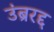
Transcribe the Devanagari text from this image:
उंब्ररद्द